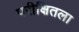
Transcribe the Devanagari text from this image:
परीक्षितला